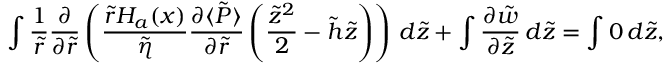
\int \frac { 1 } { \tilde { r } } \frac { \partial } { \partial \tilde { r } } \left( \frac { \tilde { r } H _ { a } ( x ) } { \tilde { \eta } } \frac { \partial \langle \tilde { P } \rangle } { \partial \tilde { r } } \left( \frac { \tilde { z } ^ { 2 } } { 2 } - \tilde { h } \tilde { z } \right) \right) \, d \tilde { z } + \int \frac { \partial \tilde { w } } { \partial \tilde { z } } \, d \tilde { z } = \int 0 \, d \tilde { z } ,